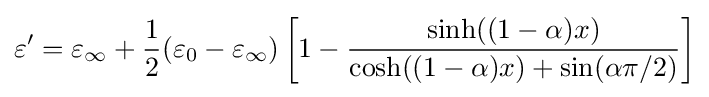
\varepsilon '=\varepsilon _{\infty }+{\frac {1}{2}}(\varepsilon _{0}-\varepsilon _{\infty })\left[1-{\frac {\sinh((1-\alpha )x)}{\cosh((1-\alpha )x)+\sin(\alpha \pi /2)}}\right]